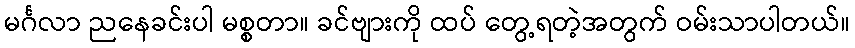
မင်္ဂလာ ညနေခင်းပါ မစ္စတာ။ ခင်ဗျားကို ထပ် တွေ့ရတဲ့အတွက် ဝမ်းသာပါတယ်။